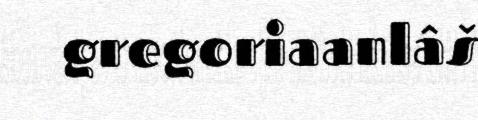
gregoriaanlâš